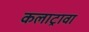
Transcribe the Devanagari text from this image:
कलाट्रावा